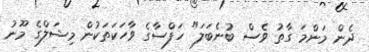
ދެން މަންމަ ގާތު ވެސް ބުނެބަލަ" ހަފްސާގެ ވާހަކަތަކުން މިޝަލްގެ މޫނު